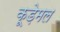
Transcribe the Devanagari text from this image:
कूड़ेमल